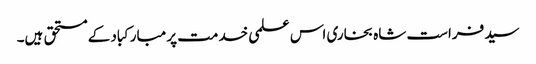
سید فراست شاہ بخاری اس علمی خدمت پر مبارکباد کے مستحق ہیں۔